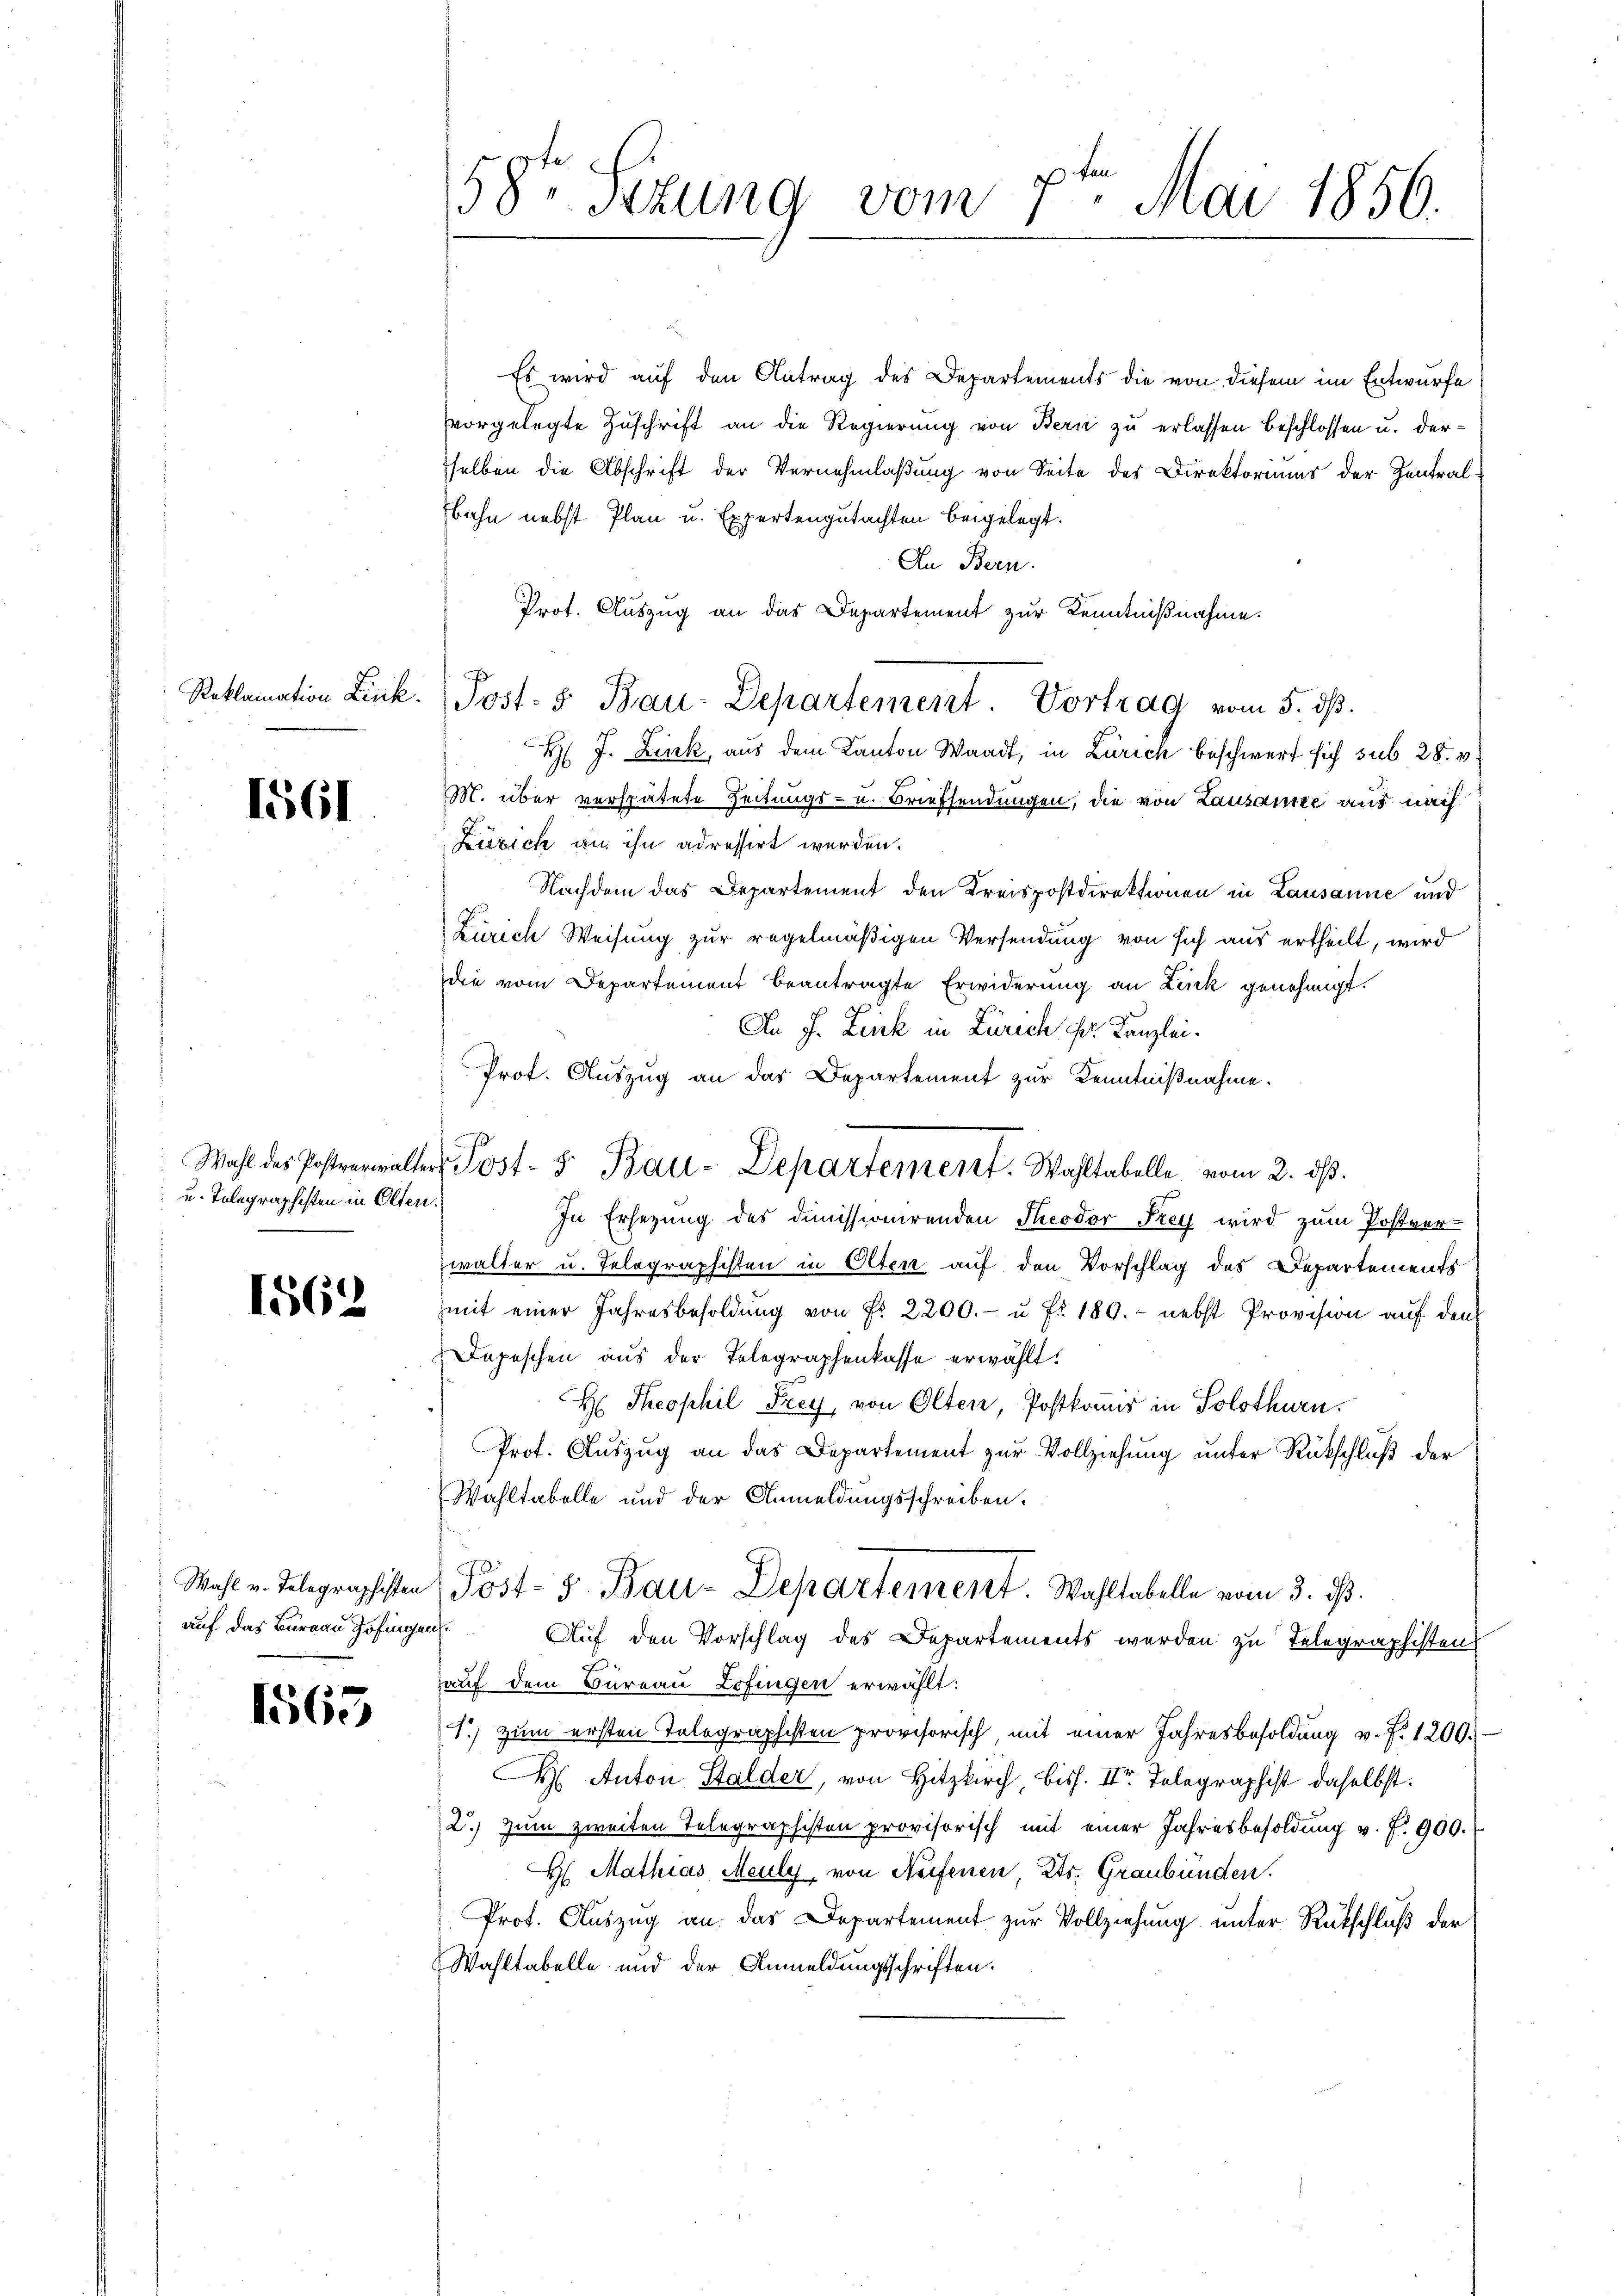
1561

u. Tolographisten in Olten.

1562

Wahl v. Telegraphisten
auf das Burgau Zofingen

1565

58te Sekung vom
3t. Mai 1850.

Reklamation Link. Post- & Bau-Departement. Vortrag vom 5. dβ.

Es wird auf den Antrag des Departements die von diesem im Entwurfe
vorgelegte Zuschrift an die Regierung von Bern zu erlassen beschlossen u. derselben die Abschrift der Vernehmlaßung von Seite des Direktoriums der Zentralbahn nebst Plan u. Expertengutachten beigelegt.
In Bern.
Prot. Auszug an das Departement zur Kenntnißnahme.
H J. Link, aus dem Kanton Waadt, in Zürich beschwert sich sub 28. v.
M. über verspätete Zeitungs- u. Briefsendungen, die von Lausamte aus nach
Zürich an ihn adressirt werden.
Nachdem das Departement den Kreispostdirektionen in Lausanne und
Zürich Weisung zur regelmäßigen Versendung von sich aus ertheilt, wird
die vom Departement beantragte Erwiderung an Link genehmigt.
An J. Zink in Zürich pr. Kanzlei.
Prot. Auszug an das Departement zur Kenntniβnahme.
In Ersezung des Dimissionirenden Theodor Frey wird zum Postver-
walter u. Telegraphisten in Olten auf den Vorschlag des Departements
mit einer Jahresbesoldŭng von Fr. 2200.- u Fr. 180. - nebst Provision aŭf den
Depeschen aus der Telegraphenkasse erwählt.
H: Theophil Frey, von Olten, Postkomir in Solothurn.
Prof. Auszug an das Departement zur Vollziehung unter Rückschluß der
Wahltabelle und der Anmeldungsschreiben.
Post- 5. Bau-Departement. Wahltabelle vom 3. d.
f
Auf den Vorschlag des Departements werden zu Telegraphisten
auf dem Büreau Lofingen erwählt:
1.) zum ersten Telegraphisten provisorisch, mit einer Jahresbesoldung v. f. 1200.
H Anton Stalder, von Hitzkirch, biss. II. Telegraphist daselbst.
2.) Zum zweiten Telegraphisten provisorisch mit einer Jahresbesoldŭng v. J. 900.
 Mathias Meuly, von Neifenen Kts. Graubünden.
Prof. Auszug an das Departement zur Vollziehung unter Rückschluß der
Wahltabelle und der Anmeldungsschriften.

Wahl des Postverwalter Post- 5. Bau-Departement. Wahltabelle vom 2. dβ.